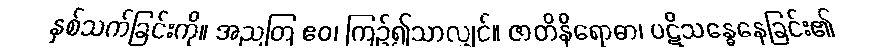
နှစ်သက်ခြင်းကို။ အညတြ ဧဝ၊ ကြဉ်၍သာလျှင်။ ဇာတိနိရောဓာ၊ ပဋိသန္ဓေနေခြင်း၏